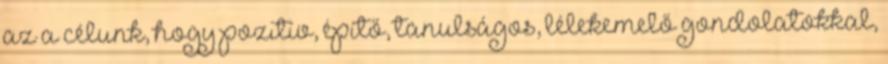
az a célunk, hogy pozitív, építő, tanulságos, lélekemelő gondolatokkal,